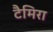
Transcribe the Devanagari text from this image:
टैमिरा